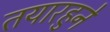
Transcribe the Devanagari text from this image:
तयारहुने